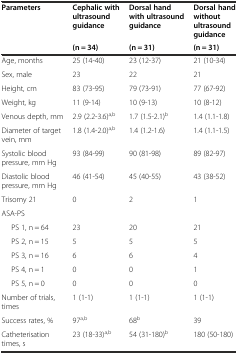
<table><thead><tr><td rowspan="2"><b>Parameters</b></td><td><b>Cephalic with ultrasound guidance</b></td><td><b>Dorsal hand with ultrasound guidance</b></td><td><b>Dorsal hand without ultrasound guidance</b></td></tr><tr><td><b>(n = 34)</b></td><td><b>(n = 31)</b></td><td><b>(n = 31)</b></td></tr></thead><tbody><tr><td>Age, months</td><td>25 (14-40)</td><td>23 (12-37)</td><td>21 (10-34)</td></tr><tr><td>Sex, male</td><td>23</td><td>22</td><td>21</td></tr><tr><td>Height, cm</td><td>83 (73-95)</td><td>79 (73-91)</td><td>77 (67-92)</td></tr><tr><td>Weight, kg</td><td>11 (9-14)</td><td>10 (9-13)</td><td>10 (8-12)</td></tr><tr><td>Venous depth, mm</td><td>2.9 (2.2-3.6)<sup>a,b</sup></td><td>1.7 (1.5-2.1)<sup>b</sup></td><td>1.4 (1.1-1.8)</td></tr><tr><td>Diameter of target vein, mm</td><td>1.8 (1.4-2.0)<sup>a,b</sup></td><td>1.4 (1.2-1.6)</td><td>1.4 (1.1-1.5)</td></tr><tr><td>Systolic blood pressure, mm Hg</td><td>93 (84-99)</td><td>90 (81-98)</td><td>89 (82-97)</td></tr><tr><td>Diastolic blood pressure, mm Hg</td><td>46 (41-54)</td><td>45 (40-55)</td><td>43 (38-52)</td></tr><tr><td>Trisomy 21</td><td>0</td><td>2</td><td>1</td></tr><tr><td>ASA-PS</td><td></td><td></td><td></td></tr><tr><td>PS 1, n = 64</td><td>23</td><td>20</td><td>21</td></tr><tr><td>PS 2, n = 15</td><td>5</td><td>5</td><td>5</td></tr><tr><td>PS 3, n = 16</td><td>6</td><td>6</td><td>4</td></tr><tr><td>PS 4, n = 1</td><td>0</td><td>0</td><td>1</td></tr><tr><td>PS 5, n = 0</td><td>0</td><td>0</td><td>0</td></tr><tr><td>Number of trials, times</td><td>1 (1-1)</td><td>1 (1-1)</td><td>1 (1-1)</td></tr><tr><td>Success rates, %</td><td>97<sup>a,b</sup></td><td>68<sup>b</sup></td><td>39</td></tr><tr><td>Catheterisation times, s</td><td>23 (18-33)<sup>a,b</sup></td><td>54 (31-180)<sup>b</sup></td><td>180 (50-180)</td></tr></tbody></table>